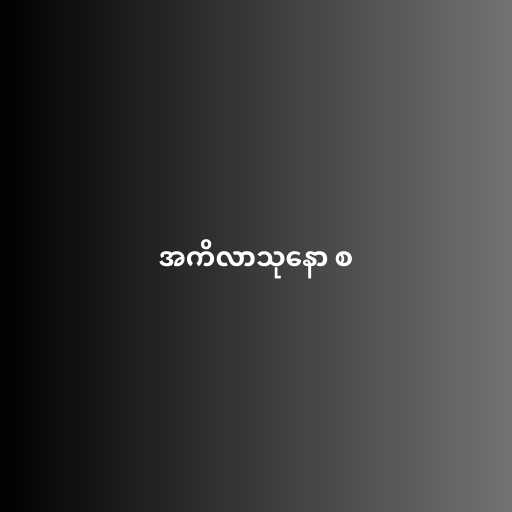
အကိလာသုနော စ